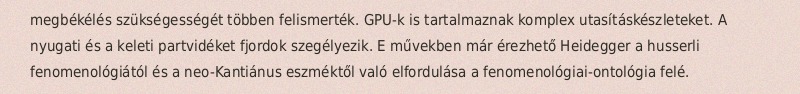
megbékélés szükségességét többen felismerték. GPU-k is tartalmaznak komplex utasításkészleteket. A nyugati és a keleti partvidéket fjordok szegélyezik. E művekben már érezhető Heidegger a husserli fenomenológiától és a neo-Kantiánus eszméktől való elfordulása a fenomenológiai-ontológia felé.